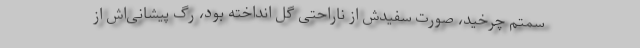
سمتم چرخید، صورت سفیدش از ناراحتی گل انداخته بود، رگ پیشانی‌اش از